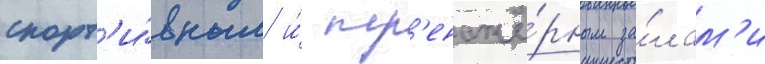
спорт'и́вным и́ тр'енажё́рным за́лам'и